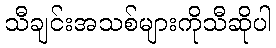
သီချင်းအသစ်များကိုသီဆိုပါ